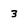
Character: 3